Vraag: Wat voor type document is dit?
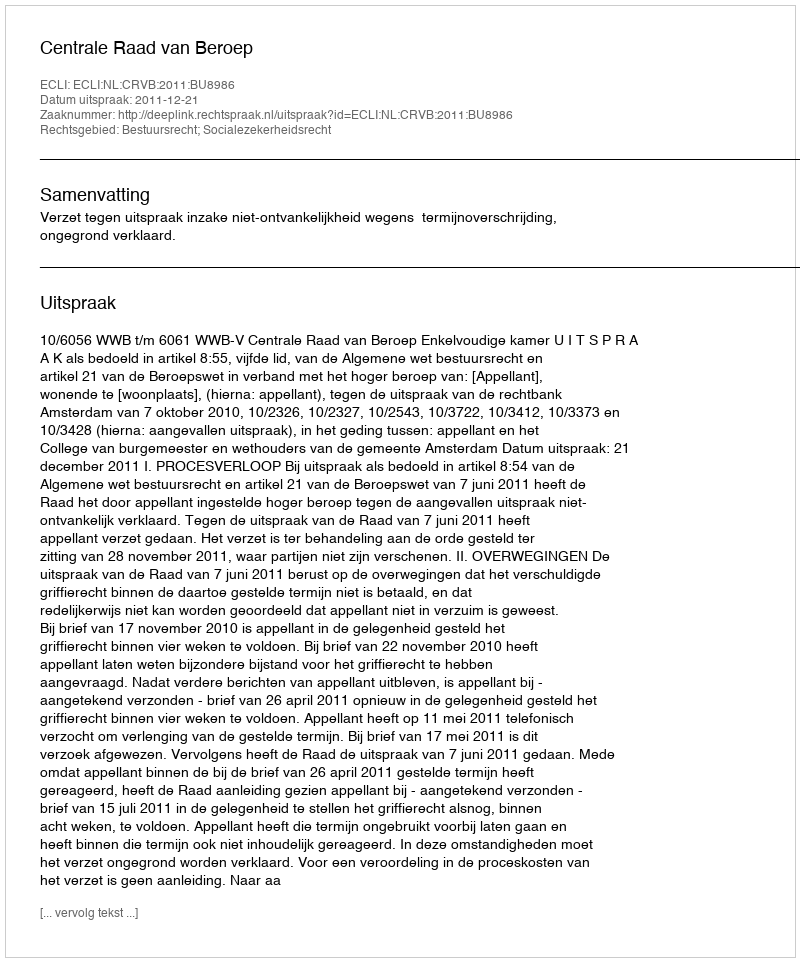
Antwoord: Uitspraak